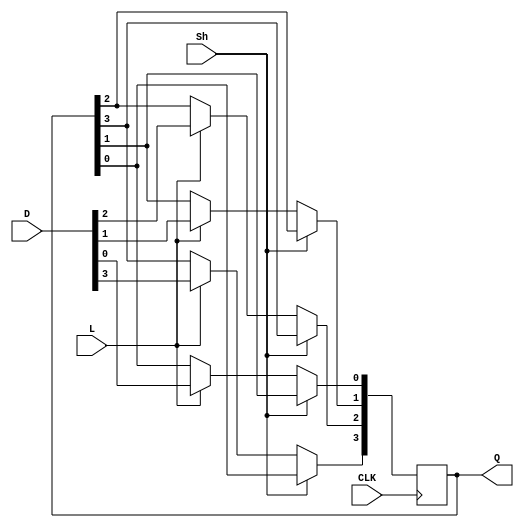
module shifter(Q,D,Sh,L,CLK);
    input [3:0]D;
    input Sh,L,CLK;
    output [3:0]Q;
    
    reg [3:0]Q;
    
    always @(posedge CLK) begin
        if(Sh==1'b1) begin
            Q[0]<=Q[1];
            Q[1]<=Q[2];
            Q[2]<=Q[3];
            Q[3]<=Q[0];
        end
        else if(L==1'b1) begin
            Q[0]<=D[0];
            Q[1]<=D[1];
            Q[2]<=D[2];
            Q[3]<=D[3];
        end
        else begin
            Q[0]<=Q[0];
            Q[1]<=Q[1];
            Q[2]<=Q[2];
            Q[3]<=Q[3];
        end               
    end
endmodule